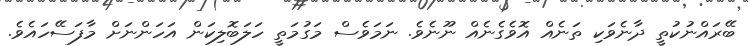
ބޭރައްނުކުތީ ދާނެވަކި ތަނެއް އޮވެގެނެއް ނޫނެވެ. ނަމަވެސް މަގުމަތީ ހަލަބޮލިކަން އަހަންނަށް މާފަސޭހައެވެ.